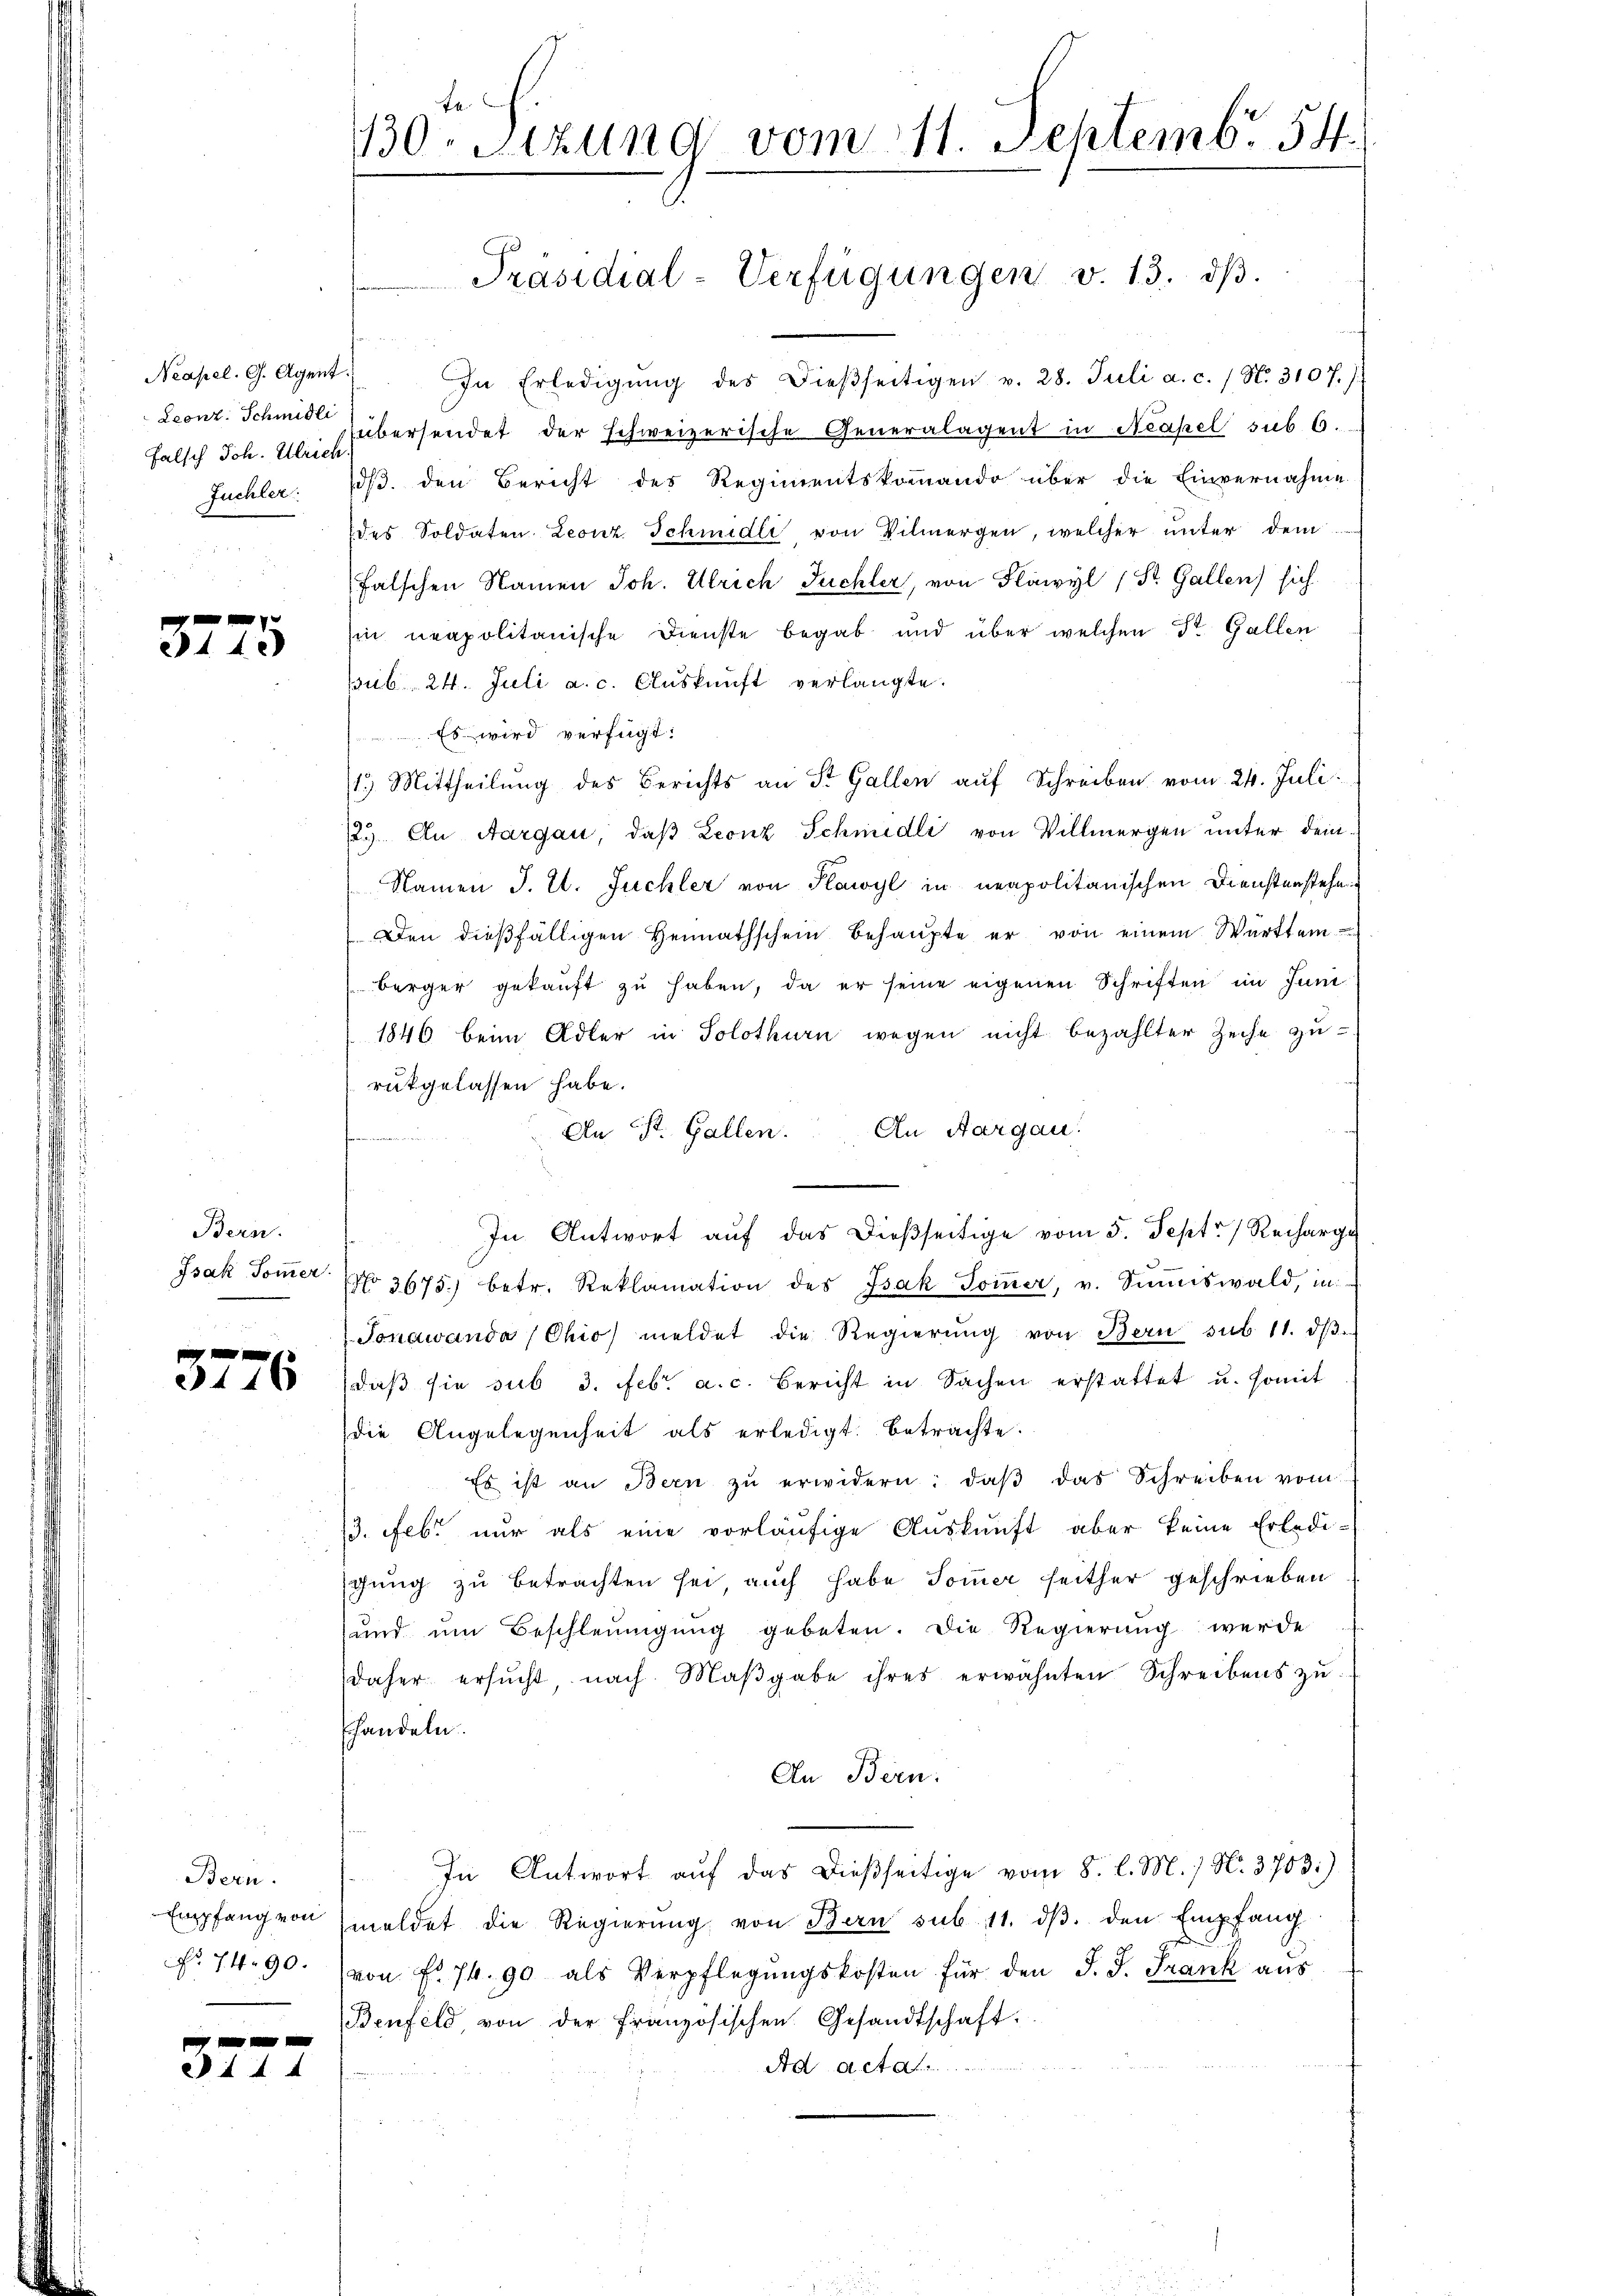
Neapel. G. Agent.
Falsch Joh. Ulrich

v
140

Bern.
Isak Sommer.

3146

Bern.

327

In Erledigŭng des dieβseitigen v. 28. Juli a. c. / N. 3107.)
Leonz Schmid übersendet der schweizerische Generalagent in Neapel sub 6.
Juchler. (s. den Bericht des Regimentskommando über die Einvernahme
des Soldaten Leonz Schmidli von Vilmergen, welcher unter dem
falschen Namen Joh. Ulrich Juchler, von Flawyl 1 St. Gallen sich
Ein neapolitanische Dienste begab und über welchen St. Gallen
pub 24. Juli a. c. Auskunft verlangte.
Es wird verfügt:
1.) Mittheilung des Berichts an St. Gallen auf Schreiben vom 24. Juli.
123) An Aargau, daß Leonz Schmidli von Villmergen unter dem¬
Namen J. L. Juchler von Plawyl in neapolitanischen Dienstenstehen
Den dießfälligen Heimathschein behaŭpte er von einem Württem
berger gekauft zu haben, da er seine eigenen Schriften im Juni
1846 beim Adler in Solothurn wegen nicht bezahlter Zeiche zurükgelassen habe.
An St. Gallen. An Aargau.
n
In Antwort auf das dießseitige vom 5. Sept. Recharge
No. 3675) betr. Reklamation des Isak Soṁer, v. Simiswald, in
Jonawanda (Chio meldet die Regierŭng von Bern sub 11. dβ.
daβ sie sub 3. Febr. a. c. Bericht in Sachen erstattet u. somit
die Angelegenheit als erledigt. Betrachte:
Es ist an Bern zŭ erwidern, daβ das Schreiben vom
13. Febr. nur als eine vorläufige Auskunft aber keine Erledi-
schung zu betrachten sei auch habe Sommer seither geschrieben
und um Beschleunigung gebeten. Die Regierung wurde
daher ersucht nach Maβgabe ihres erwähnten Schreibens zu
handeln.
An Bern:
In Antwort aŭf das dießseitige vom 8. l. M. / N. 3703.)
Empfang von meldet die Regierŭng von Bern sub 11. dβ. den Empfang
No 14. 90. (von fl. 74. 90 als Verpflegungskosten für den J. J. Frank aus
Benfeld von der Französischen Gesandtschaft.
Ad Act

Fa
130. Sizung vom 11. Septemb. 54.

Präsidial-Verfügungen v. 13. dβ.